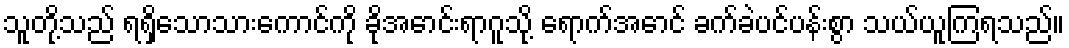
သူတို့သည် ရရှိသောသားကောင်ကို ခိုအောင်းရာဂူသို့ ရောက်အောင် ခက်ခဲပင်ပန်းစွာ သယ်ယူကြရသည်။